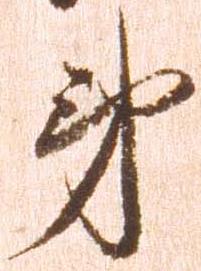
弟